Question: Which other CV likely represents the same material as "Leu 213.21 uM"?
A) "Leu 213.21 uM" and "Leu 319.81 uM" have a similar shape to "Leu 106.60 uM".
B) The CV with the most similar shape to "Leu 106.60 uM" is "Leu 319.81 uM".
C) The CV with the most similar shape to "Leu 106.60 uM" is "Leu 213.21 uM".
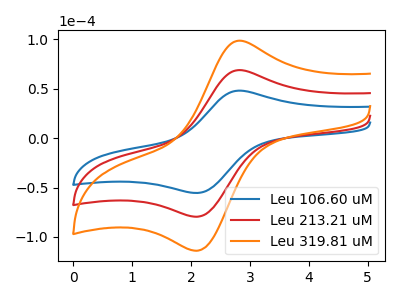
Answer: <think>The blue curve "Leu 106.60 uM" has an anodic peak at (2.80V, 48.00uA) and a cathodic peak at (2.10V, -55.55uA). The red curve "Leu 213.21 uM" has an anodic peak at (2.80V, 68.75uA) and a cathodic peak at (2.10V, -79.55uA). The orange curve "Leu 319.81 uM" has an anodic peak at (2.80V, 137.50uA) and a cathodic peak at (2.10V, -159.10uA).
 All the peaks in "Leu 106.60 uM" have a peak in "Leu 213.21 uM" at the same potential. Every peak in "Leu 106.60 uM" is lower than every peak in "Leu 213.21 uM". All the peaks in "Leu 106.60 uM" have a peak in "Leu 319.81 uM" at the same potential. Every peak in "Leu 106.60 uM" is lower than every peak in "Leu 319.81 uM". All the peaks in "Leu 213.21 uM" have a peak in "Leu 319.81 uM" at the same potential. Every peak in "Leu 213.21 uM" is lower than every peak in "Leu 319.81 uM".</think>
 <answer>A) "Leu 213.21 uM" and "Leu 319.81 uM" have a similar shape to "Leu 106.60 uM".</answer>
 <eval>A</eval>